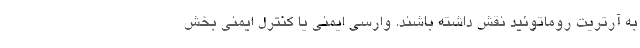
به آرتریت روماتوئید نقش داشته باشند. وارسی ایمنی یا کنترل ایمنی بخش